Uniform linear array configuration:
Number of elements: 48
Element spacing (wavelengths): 1
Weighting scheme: hann
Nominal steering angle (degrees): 15
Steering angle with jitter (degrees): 14.215
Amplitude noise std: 0.05
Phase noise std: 0.05

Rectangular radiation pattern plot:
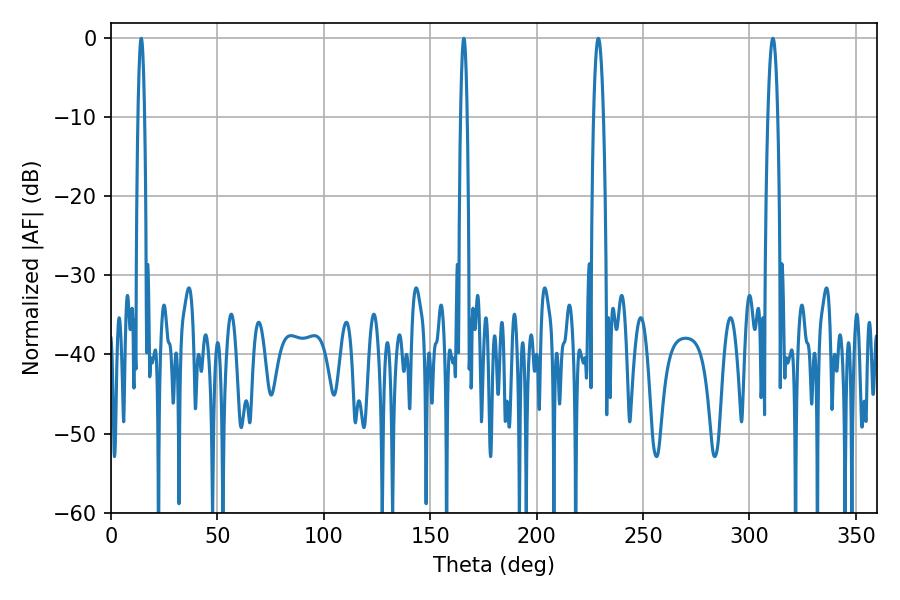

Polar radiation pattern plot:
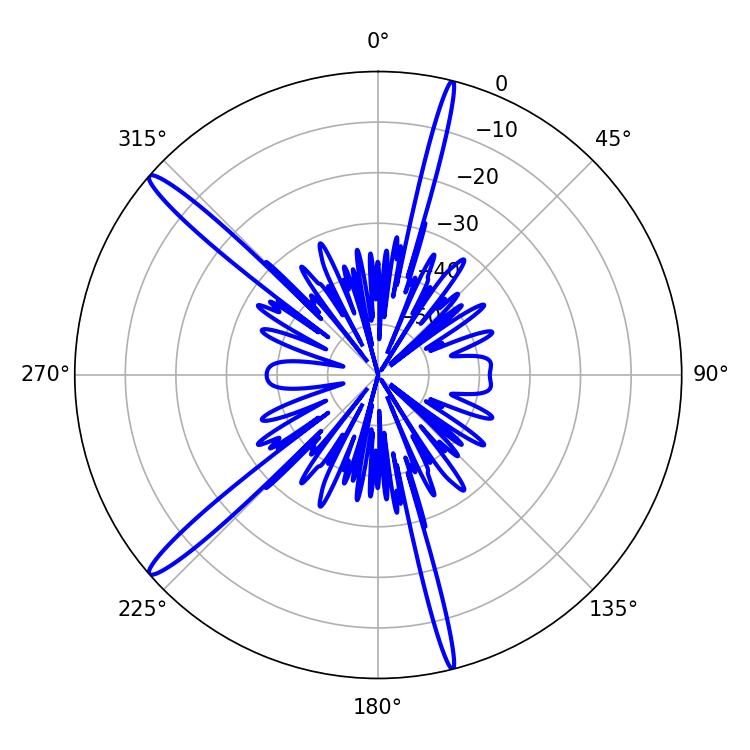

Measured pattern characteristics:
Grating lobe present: TRUE
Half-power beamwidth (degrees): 1.62
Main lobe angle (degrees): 165.78